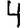
Digit: 4